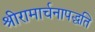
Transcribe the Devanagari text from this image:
श्रीरामार्चनापद्धति